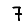
Digit: 7